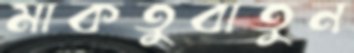
মাকতুবাতুন